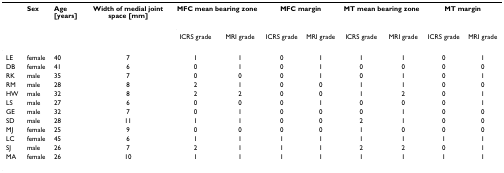
|  | Sex | Age [years] | Width of medial joint space [mm] | <COLSPAN=2> MFC mean bearing zone | <COLSPAN=2> MFC margin | <COLSPAN=2> MT mean bearing zone | <COLSPAN=2> MT margin |
 |  |  |  |  | ICRS grade | MRI grade | ICRS grade | MRI grade | ICRS grade | MRI grade | ICRS grade | MRI grade |
 | --- | --- | --- | --- | --- | --- | --- | --- | --- | --- | --- | --- |
 | LE | female | 40 | 7 | 1 | 1 | 0 | 1 | 1 | 1 | 0 | 1 |
 | DB | female | 41 | 6 | 0 | 1 | 0 | 1 | 0 | 0 | 0 | 0 |
 | RK | male | 35 | 7 | 0 | 0 | 0 | 1 | 0 | 1 | 0 | 1 |
 | RM | male | 28 | 8 | 2 | 1 | 0 | 0 | 1 | 1 | 0 | 0 |
 | HW | male | 32 | 8 | 2 | 2 | 0 | 0 | 1 | 2 | 0 | 1 |
 | LS | male | 27 | 6 | 0 | 0 | 0 | 1 | 0 | 0 | 0 | 1 |
 | GE | male | 32 | 7 | 0 | 1 | 0 | 0 | 0 | 1 | 0 | 0 |
 | SD | male | 28 | 11 | 1 | 1 | 0 | 0 | 2 | 1 | 0 | 0 |
 | MJ | female | 25 | 9 | 0 | 0 | 0 | 0 | 1 | 0 | 0 | 0 |
 | LC | female | 45 | 6 | 1 | 1 | 1 | 1 | 1 | 1 | 1 | 1 |
 | SJ | male | 26 | 7 | 2 | 1 | 1 | 1 | 2 | 2 | 0 | 1 |
 | MA | female | 26 | 10 | 1 | 1 | 1 | 1 | 1 | 1 | 1 | 1 |